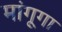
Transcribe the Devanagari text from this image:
मांगूगा